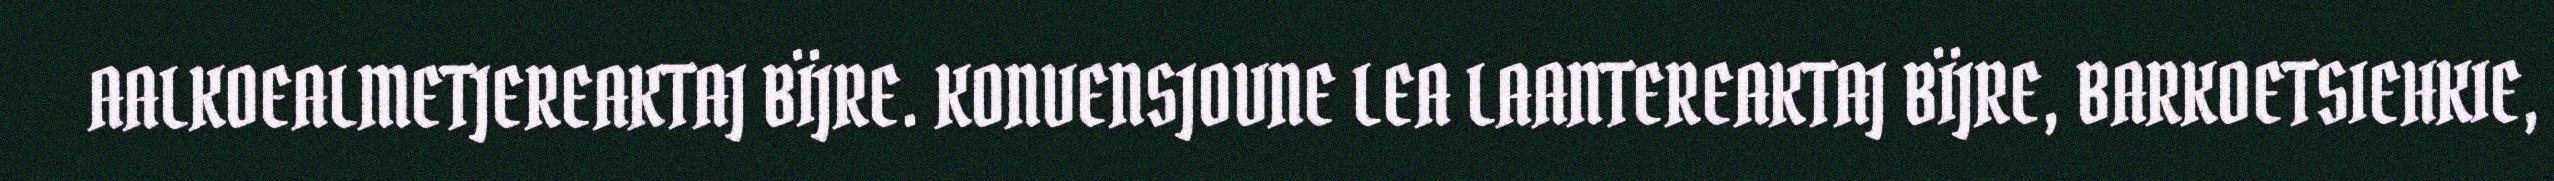
AALKOEALMETJEREAKTAJ BÏJRE. KONVENSJOVNE LEA LAANTEREAKTAJ BÏJRE, BARKOETSIEHKIE,